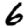
Digit: 6